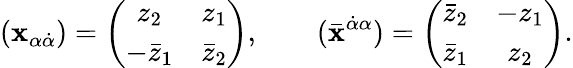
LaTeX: (\mathbf{x}_{\alpha\dot{{\alpha}}})=\left(\begin{array}{cc}{{z_{2}}}&{{z_{1}}}\\ {{-\bar{z}_{1}}}&{{\bar{z}_{2}}}\end{array}\right),\qquad(\bar{{\mathbf{x}}}^{\dot{{\alpha}}\alpha})=\left(\begin{array}{cc}{{\bar{z}_{2}}}&{{-z_{1}}}\\ {{\bar{z}_{1}}}&{{z_{2}}}\end{array}\right).